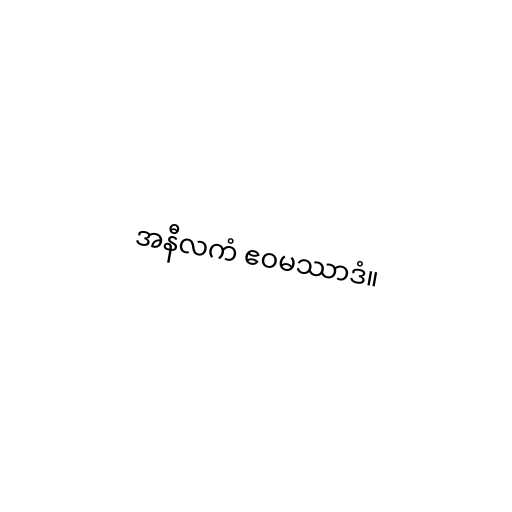
အနီလကံ ဧဝမဿာဒံ။